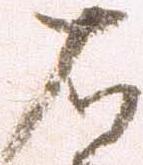
右